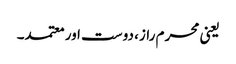
یعنی محرم راز، دوست اور معتمد۔